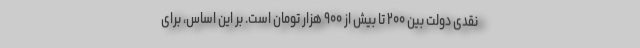
نقدی دولت بین ۲۰۰ تا بیش از ۹۰۰ هزار تومان است. بر این اساس، برای